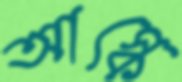
আস্কে